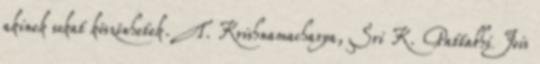
akinek sokat köszönhetek. T. Krishnamacharya, Sri K. Pattabhi Jois